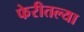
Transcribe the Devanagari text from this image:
फेरीतल्या